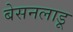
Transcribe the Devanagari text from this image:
बेसनलाडू